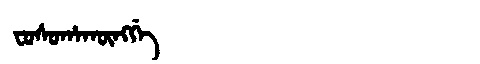
Manchu: ᠸᠣᠰᠣᡥᠠᡴᡡᠩᡤᡝ
Romanization: FOSOHAKŪNGGE